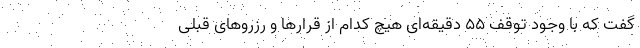
گفت که با وجود توقف 55 دقیقه‌ای هیچ کدام از قرارها و رزروهای قبلی